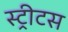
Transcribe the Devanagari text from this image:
स्ट्रीटस